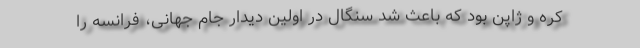
کره و ژاپن بود که باعث شد سنگال در اولین دیدار جام جهانی، فرانسه را